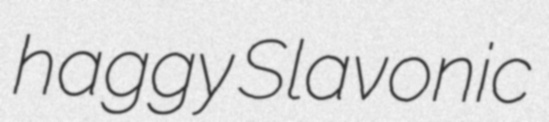
haggy Slavonic